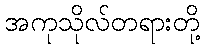
အကုသိုလ်တရားတို့